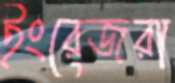
ইংরেজরা